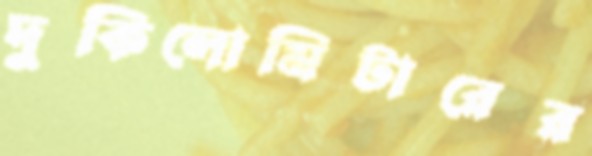
দুকিলোমিটারের